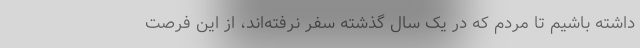
داشته باشیم تا مردم که در یک سال گذشته سفر نرفته‌اند، از این فرصت